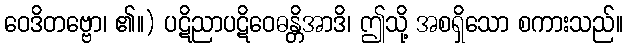
ဝေဒိတဗ္ဗော၊ ၏။) ပဋိညာပဋိဝေဓန္တိအာဒိ၊ ဤသို့ အစရှိသော စကားသည်။